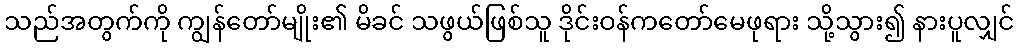
သည်အတွက်ကို ကျွန်တော်မျိုး၏ မိခင် သဖွယ်ဖြစ်သူ ဒိုင်းဝန်ကတော်မေဖုရား သို့သွား၍ နားပူလျှင်